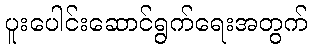
ပူးပေါင်းဆောင်ရွက်ရေးအတွက်